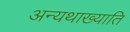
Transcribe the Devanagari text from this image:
अन्यथाख्याति